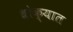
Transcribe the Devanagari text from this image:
धोक्‍यात